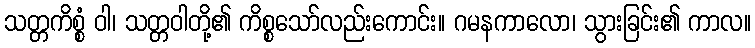
သတ္တကိစ္စံ ဝါ၊ သတ္တဝါတို့၏ ကိစ္စသော်လည်းကောင်း။ ဂမနကာလော၊ သွားခြင်း၏ ကာလ။